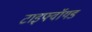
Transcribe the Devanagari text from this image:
टाइफ्वॉयड